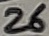
Text: 26